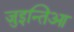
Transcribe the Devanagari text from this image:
जुइन्तिआ